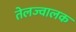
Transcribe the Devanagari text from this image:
तेलज्वालक